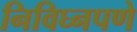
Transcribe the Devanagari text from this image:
निविघ्नपणे